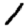
Digit: 1